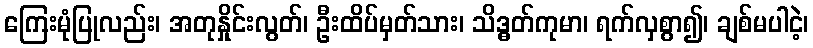
ကြေးမုံပြုလည်း၊ အတုနှိုင်းလွတ်၊ ဦးထိပ်မှတ်သား၊ သိဒ္ဓတ်ကုမာ၊ ရက်လှစွာ၍၊ ချစ်မပါငဲ့၊